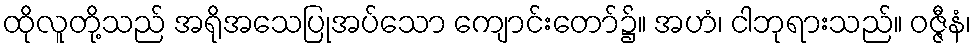
ထိုလူတို့သည် အရိုအသေပြုအပ်သော ကျောင်းတော်၌။ အဟံ၊ ငါဘုရားသည်။ ဝဇ္ဇီနံ၊